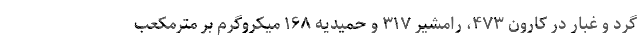
گرد و غبار در کارون ۴۷۳، رامشیر ۳۱۷ و حمیدیه ۱۶۸ میکروگرم بر مترمکعب